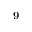
^ 9